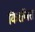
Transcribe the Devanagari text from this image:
किरणित